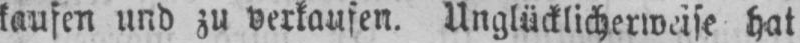
kaufen und zu verkaufen. Unglücklicherweise hat